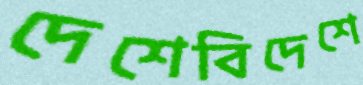
দেশেবিদেশে